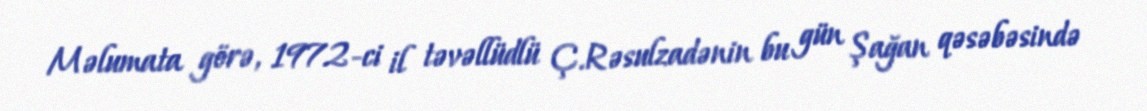
Məlumata görə, 1972-ci il təvəllüdlü Ç.Rəsulzadənin bu gün Şağan qəsəbəsində